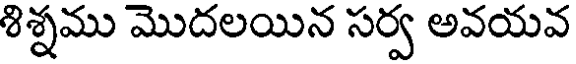
శిశ్నము మొదలయిన సర్వ అవయవ